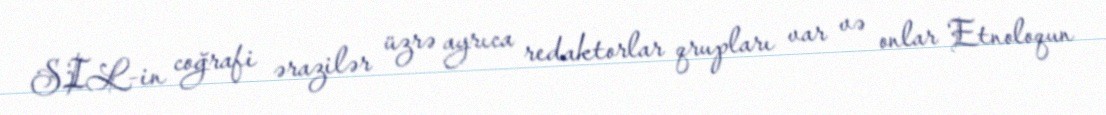
SIL-in coğrafi ərazilər üzrə ayrıca redaktorlar qrupları var və onlar Etnoloqun